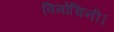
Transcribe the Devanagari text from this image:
विमोचिनी।